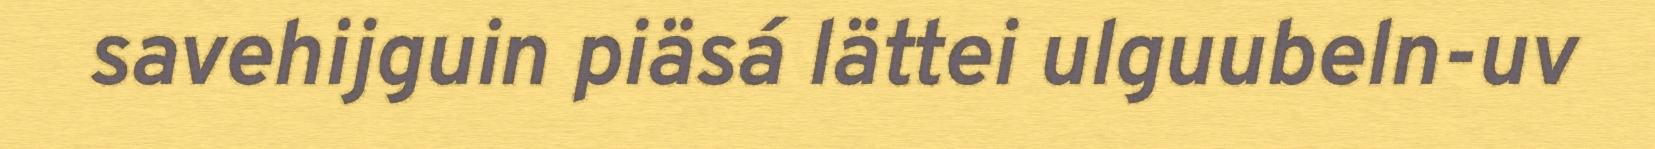
savehijguin piäsá lättei ulguubeln-uv